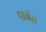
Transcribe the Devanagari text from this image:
पार्नस